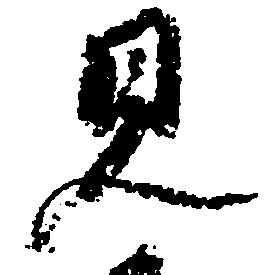
見